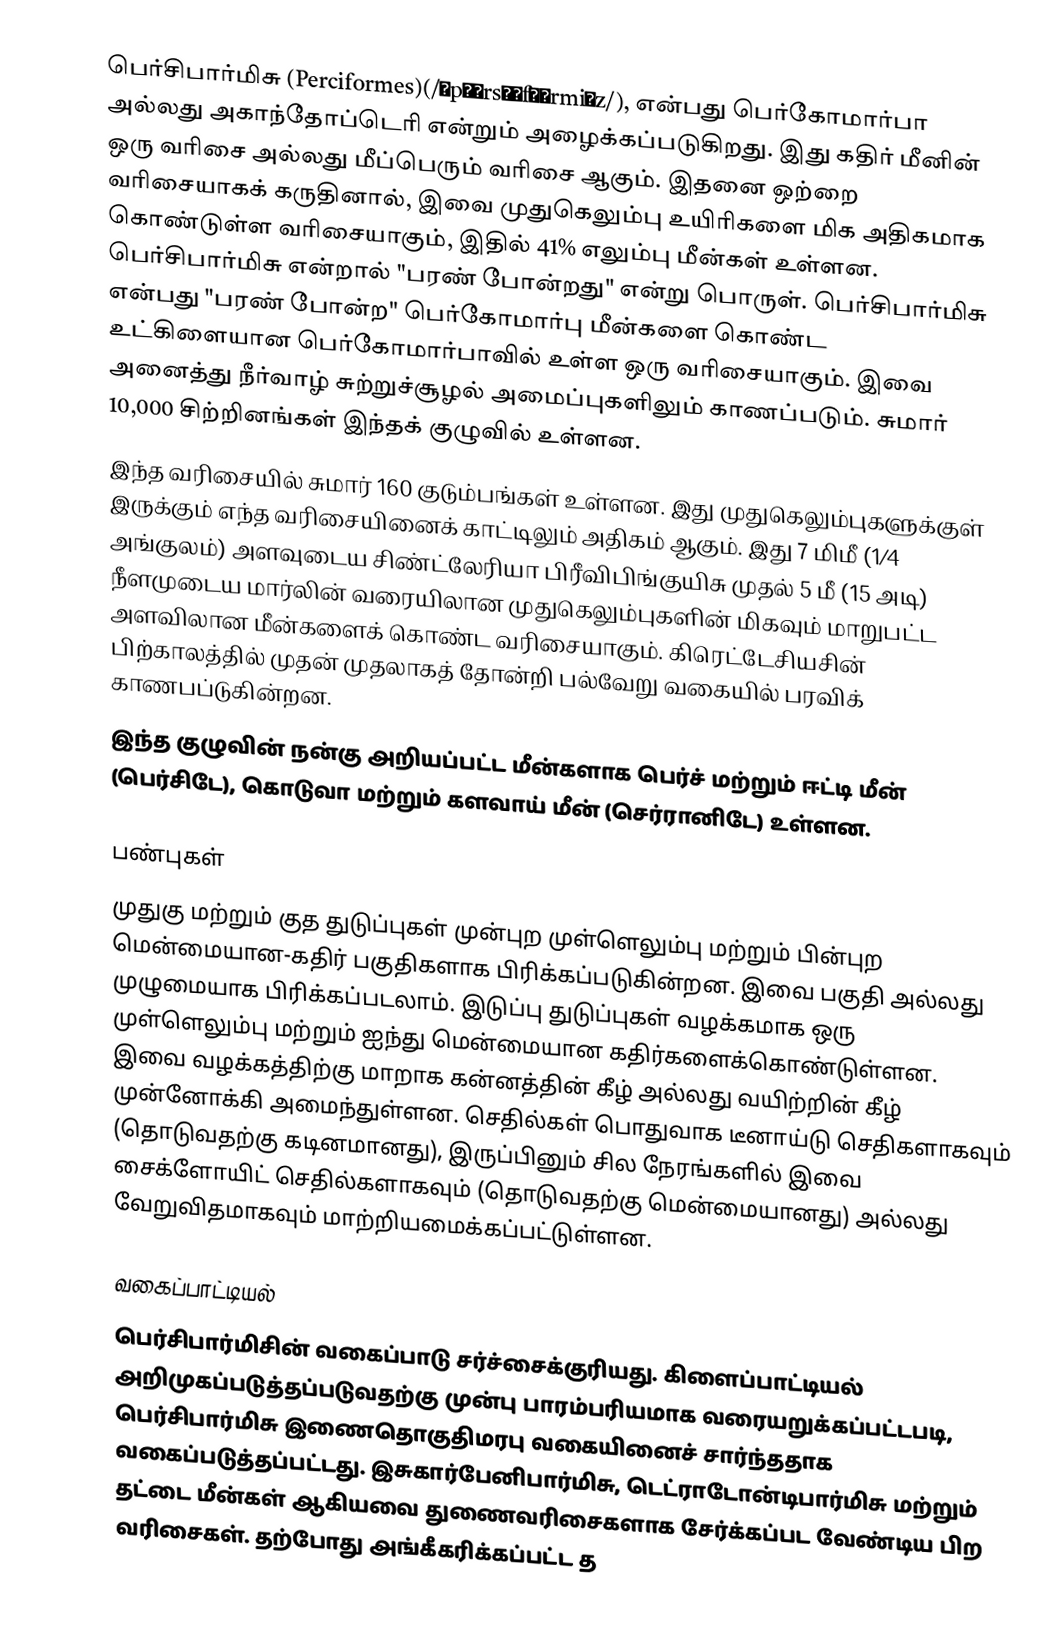
பெர்சிபார்மிசு (Perciformes)(/ˈpɜːrsɪˌfɔːrmiːz/), என்பது பெர்கோமார்பா அல்லது அகாந்தோப்டெரி என்றும் அழைக்கப்படுகிறது. இது கதிர் மீனின் ஒரு வரிசை அல்லது மீப்பெரும் வரிசை ஆகும். இதனை ஒற்றை வரிசையாகக் கருதினால், இவை முதுகெலும்பு உயிரிகளை மிக அதிகமாக கொண்டுள்ள வரிசையாகும், இதில் 41% எலும்பு மீன்கள் உள்ளன. பெர்சிபார்மிசு என்றால் "பரண் போன்றது" என்று பொருள். பெர்சிபார்மிசு என்பது "பரண் போன்ற" பெர்கோமார்பு மீன்களை கொண்ட உட்கிளையான பெர்கோமார்பாவில் உள்ள ஒரு வரிசையாகும். இவை அனைத்து நீர்வாழ் சுற்றுச்சூழல் அமைப்புகளிலும் காணப்படும். சுமார் 10,000 சிற்றினங்கள் இந்தக் குழுவில் உள்ளன.
இந்த வரிசையில் சுமார் 160 குடும்பங்கள் உள்ளன. இது முதுகெலும்புகளுக்குள் இருக்கும் எந்த வரிசையினைக் காட்டிலும் அதிகம் ஆகும். இது 7 மிமீ (1⁄4 அங்குலம்) அளவுடைய சிண்ட்லேரியா பிரீவிபிங்குயிசு முதல் 5 மீ (15 அடி) நீளமுடைய மார்லின் வரையிலான முதுகெலும்புகளின் மிகவும் மாறுபட்ட அளவிலான மீன்களைக் கொண்ட வரிசையாகும். கிரெட்டேசியசின் பிற்காலத்தில் முதன் முதலாகத் தோன்றி பல்வேறு வகையில் பரவிக் காணபப்டுகின்றன.
இந்த குழுவின் நன்கு அறியப்பட்ட மீன்களாக பெர்ச் மற்றும் ஈட்டி மீன் (பெர்சிடே), கொடுவா மற்றும் களவாய் மீன் (செர்ரானிடே) உள்ளன.

பண்புகள்
முதுகு மற்றும் குத துடுப்புகள் முன்புற முள்ளெலும்பு மற்றும் பின்புற மென்மையான-கதிர் பகுதிகளாக பிரிக்கப்படுகின்றன. இவை பகுதி அல்லது முழுமையாக பிரிக்கப்படலாம். இடுப்பு துடுப்புகள் வழக்கமாக ஒரு முள்ளெலும்பு மற்றும் ஐந்து மென்மையான கதிர்களைக்கொண்டுள்ளன. இவை வழக்கத்திற்கு மாறாக கன்னத்தின் கீழ் அல்லது வயிற்றின் கீழ் முன்னோக்கி அமைந்துள்ளன. செதில்கள் பொதுவாக டீனாய்டு செதிகளாகவும் (தொடுவதற்கு கடினமானது), இருப்பினும் சில நேரங்களில் இவை சைக்ளோயிட் செதில்களாகவும் (தொடுவதற்கு மென்மையானது) அல்லது வேறுவிதமாகவும் மாற்றியமைக்கப்பட்டுள்ளன.

வகைப்பாட்டியல்
பெர்சிபார்மிசின் வகைப்பாடு சர்ச்சைக்குரியது. கிளைப்பாட்டியல் அறிமுகப்படுத்தப்படுவதற்கு முன்பு பாரம்பரியமாக வரையறுக்கப்பட்டபடி, பெர்சிபார்மிசு இணைதொகுதிமரபு வகையினைச் சார்ந்ததாக வகைப்படுத்தப்பட்டது. இசுகார்பேனிபார்மிசு, டெட்ராடோன்டிபார்மிசு மற்றும் தட்டை மீன்கள் ஆகியவை துணைவரிசைகளாக சேர்க்கப்பட வேண்டிய பிற வரிசைகள். தற்போது அங்கீகரிக்கப்பட்ட த